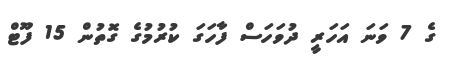
ގެ 7 ވަނަ އަހަރީ ދުވަހަސް ފާހަގަ ކުރުމުގެ ގޮތުން 15 ފޫޓް